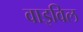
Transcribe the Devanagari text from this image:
वाइविल